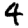
Digit: 4